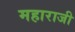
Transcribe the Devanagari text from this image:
महाराजी